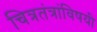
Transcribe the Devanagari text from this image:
चित्रतंत्रांविषयी